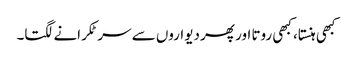
کبھی ہنستا، کبھی روتا اور پھر دیواروں سے سر ٹکرانے لگتا۔